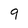
Character: 9